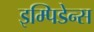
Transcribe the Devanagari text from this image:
इम्पिडेन्स